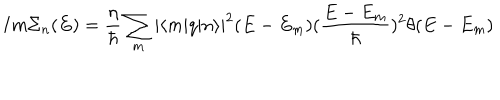
LaTeX: I m \Sigma _ { n } ( E ) = \frac { \eta } { \hbar } \sum _ { m } | \langle m | q | n \rangle | ^ { 2 } ( E - E _ { m } ) ( \frac { E - E _ { m } } { \hbar } ) ^ { 2 } \theta ( E - E _ { m } )